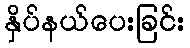
နှိပ်နယ်ပေးခြင်း